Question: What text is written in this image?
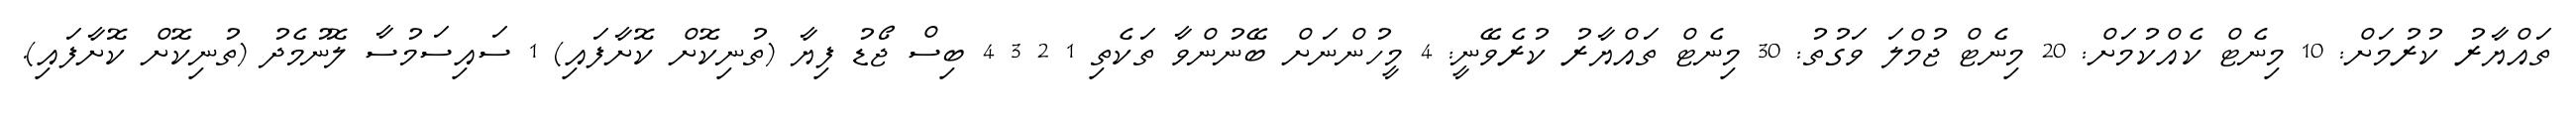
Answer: ތައްޔާރު ކުރުމަށް: 10 މިނެޓް ކެއްކުމަށް: 20 މިނެޓް ޖުމްލަ ވަގުތު: 30 މިނެޓް ތައްޔާރު ކުރެވޭނީ: 4 މީހުންނަށް ބޭނުންވާ ތަކެތި 1 2 3 4 ބިސް ޖޯޑު ފިޔާ (ތުނިކޮށް ކޮށާފައި) 1 ސައިސަމުސާ ލޮނުމެދު (ތުނިކޮށް ކޮށާފައި).